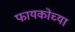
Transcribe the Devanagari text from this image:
फायकोच्या